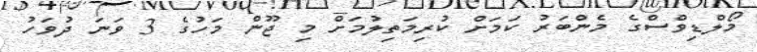
މޯލްޑިވްސްގެ މެންބަރު ކަމަށް ކުރިމަތިލުމަށް މި ޖޫން މަހުގެ 3 ވަނަ ދުވަހު